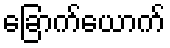
ခြောက်ယောက်